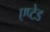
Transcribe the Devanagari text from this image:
एप्टेड